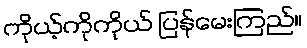
ကိုယ့်ကိုကိုယ် ပြန်မေးကြည်။